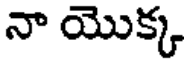
నా యొక్క